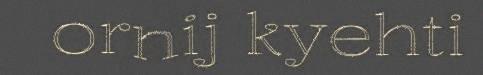
ornij kyehti